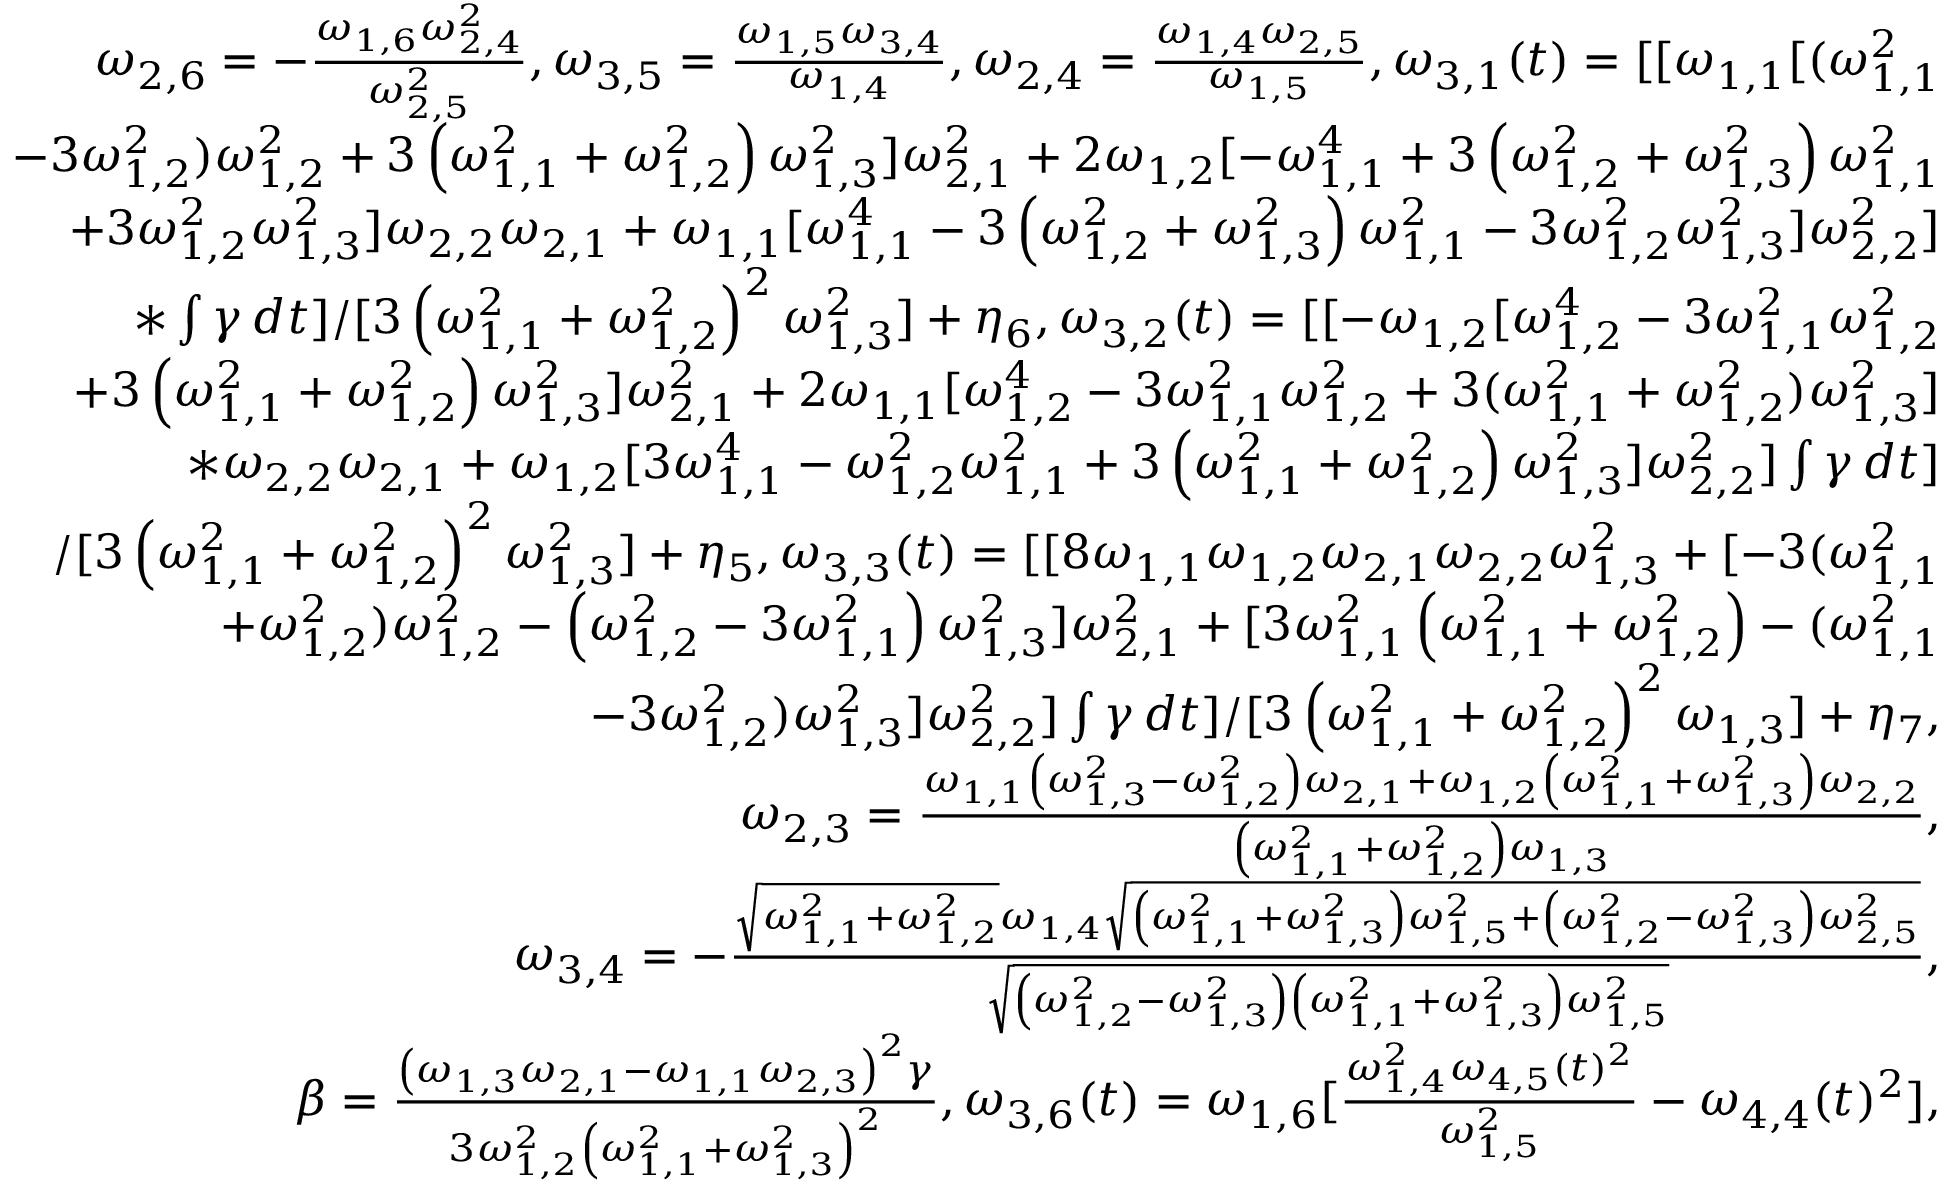
\begin{array} { r l r } & { } & { \omega _ { 2 , 6 } = - \frac { \omega _ { 1 , 6 } \omega _ { 2 , 4 } ^ { 2 } } { \omega _ { 2 , 5 } ^ { 2 } } , \omega _ { 3 , 5 } = \frac { \omega _ { 1 , 5 } \omega _ { 3 , 4 } } { \omega _ { 1 , 4 } } , \omega _ { 2 , 4 } = \frac { \omega _ { 1 , 4 } \omega _ { 2 , 5 } } { \omega _ { 1 , 5 } } , \omega _ { 3 , 1 } ( t ) = [ [ \omega _ { 1 , 1 } [ ( \omega _ { 1 , 1 } ^ { 2 } } \\ & { } & { - 3 \omega _ { 1 , 2 } ^ { 2 } ) \omega _ { 1 , 2 } ^ { 2 } + 3 \left( \omega _ { 1 , 1 } ^ { 2 } + \omega _ { 1 , 2 } ^ { 2 } \right) \omega _ { 1 , 3 } ^ { 2 } ] \omega _ { 2 , 1 } ^ { 2 } + 2 \omega _ { 1 , 2 } [ - \omega _ { 1 , 1 } ^ { 4 } + 3 \left( \omega _ { 1 , 2 } ^ { 2 } + \omega _ { 1 , 3 } ^ { 2 } \right) \omega _ { 1 , 1 } ^ { 2 } } \\ & { } & { + 3 \omega _ { 1 , 2 } ^ { 2 } \omega _ { 1 , 3 } ^ { 2 } ] \omega _ { 2 , 2 } \omega _ { 2 , 1 } + \omega _ { 1 , 1 } [ \omega _ { 1 , 1 } ^ { 4 } - 3 \left( \omega _ { 1 , 2 } ^ { 2 } + \omega _ { 1 , 3 } ^ { 2 } \right) \omega _ { 1 , 1 } ^ { 2 } - 3 \omega _ { 1 , 2 } ^ { 2 } \omega _ { 1 , 3 } ^ { 2 } ] \omega _ { 2 , 2 } ^ { 2 } ] } \\ & { } & { * \int \gamma \, d t ] / [ 3 \left( \omega _ { 1 , 1 } ^ { 2 } + \omega _ { 1 , 2 } ^ { 2 } \right) ^ { 2 } \omega _ { 1 , 3 } ^ { 2 } ] + \eta _ { 6 } , \omega _ { 3 , 2 } ( t ) = [ [ - \omega _ { 1 , 2 } [ \omega _ { 1 , 2 } ^ { 4 } - 3 \omega _ { 1 , 1 } ^ { 2 } \omega _ { 1 , 2 } ^ { 2 } } \\ & { } & { + 3 \left( \omega _ { 1 , 1 } ^ { 2 } + \omega _ { 1 , 2 } ^ { 2 } \right) \omega _ { 1 , 3 } ^ { 2 } ] \omega _ { 2 , 1 } ^ { 2 } + 2 \omega _ { 1 , 1 } [ \omega _ { 1 , 2 } ^ { 4 } - 3 \omega _ { 1 , 1 } ^ { 2 } \omega _ { 1 , 2 } ^ { 2 } + 3 ( \omega _ { 1 , 1 } ^ { 2 } + \omega _ { 1 , 2 } ^ { 2 } ) \omega _ { 1 , 3 } ^ { 2 } ] } \\ & { } & { * \omega _ { 2 , 2 } \omega _ { 2 , 1 } + \omega _ { 1 , 2 } [ 3 \omega _ { 1 , 1 } ^ { 4 } - \omega _ { 1 , 2 } ^ { 2 } \omega _ { 1 , 1 } ^ { 2 } + 3 \left( \omega _ { 1 , 1 } ^ { 2 } + \omega _ { 1 , 2 } ^ { 2 } \right) \omega _ { 1 , 3 } ^ { 2 } ] \omega _ { 2 , 2 } ^ { 2 } ] \int \gamma \, d t ] } \\ & { } & { / [ 3 \left( \omega _ { 1 , 1 } ^ { 2 } + \omega _ { 1 , 2 } ^ { 2 } \right) ^ { 2 } \omega _ { 1 , 3 } ^ { 2 } ] + \eta _ { 5 } , \omega _ { 3 , 3 } ( t ) = [ [ 8 \omega _ { 1 , 1 } \omega _ { 1 , 2 } \omega _ { 2 , 1 } \omega _ { 2 , 2 } \omega _ { 1 , 3 } ^ { 2 } + [ - 3 ( \omega _ { 1 , 1 } ^ { 2 } } \\ & { } & { + \omega _ { 1 , 2 } ^ { 2 } ) \omega _ { 1 , 2 } ^ { 2 } - \left( \omega _ { 1 , 2 } ^ { 2 } - 3 \omega _ { 1 , 1 } ^ { 2 } \right) \omega _ { 1 , 3 } ^ { 2 } ] \omega _ { 2 , 1 } ^ { 2 } + [ 3 \omega _ { 1 , 1 } ^ { 2 } \left( \omega _ { 1 , 1 } ^ { 2 } + \omega _ { 1 , 2 } ^ { 2 } \right) - ( \omega _ { 1 , 1 } ^ { 2 } } \\ & { } & { - 3 \omega _ { 1 , 2 } ^ { 2 } ) \omega _ { 1 , 3 } ^ { 2 } ] \omega _ { 2 , 2 } ^ { 2 } ] \int \gamma \, d t ] / [ 3 \left( \omega _ { 1 , 1 } ^ { 2 } + \omega _ { 1 , 2 } ^ { 2 } \right) ^ { 2 } \omega _ { 1 , 3 } ] + \eta _ { 7 } , } \\ & { } & { \omega _ { 2 , 3 } = \frac { \omega _ { 1 , 1 } \left( \omega _ { 1 , 3 } ^ { 2 } - \omega _ { 1 , 2 } ^ { 2 } \right) \omega _ { 2 , 1 } + \omega _ { 1 , 2 } \left( \omega _ { 1 , 1 } ^ { 2 } + \omega _ { 1 , 3 } ^ { 2 } \right) \omega _ { 2 , 2 } } { \left( \omega _ { 1 , 1 } ^ { 2 } + \omega _ { 1 , 2 } ^ { 2 } \right) \omega _ { 1 , 3 } } , } \\ & { } & { \omega _ { 3 , 4 } = - \frac { \sqrt { \omega _ { 1 , 1 } ^ { 2 } + \omega _ { 1 , 2 } ^ { 2 } } \omega _ { 1 , 4 } \sqrt { \left( \omega _ { 1 , 1 } ^ { 2 } + \omega _ { 1 , 3 } ^ { 2 } \right) \omega _ { 1 , 5 } ^ { 2 } + \left( \omega _ { 1 , 2 } ^ { 2 } - \omega _ { 1 , 3 } ^ { 2 } \right) \omega _ { 2 , 5 } ^ { 2 } } } { \sqrt { \left( \omega _ { 1 , 2 } ^ { 2 } - \omega _ { 1 , 3 } ^ { 2 } \right) \left( \omega _ { 1 , 1 } ^ { 2 } + \omega _ { 1 , 3 } ^ { 2 } \right) \omega _ { 1 , 5 } ^ { 2 } } } , } \\ & { } & { \beta = \frac { \left( \omega _ { 1 , 3 } \omega _ { 2 , 1 } - \omega _ { 1 , 1 } \omega _ { 2 , 3 } \right) ^ { 2 } \gamma } { 3 \omega _ { 1 , 2 } ^ { 2 } \left( \omega _ { 1 , 1 } ^ { 2 } + \omega _ { 1 , 3 } ^ { 2 } \right) ^ { 2 } } , \omega _ { 3 , 6 } ( t ) = \omega _ { 1 , 6 } [ \frac { \omega _ { 1 , 4 } ^ { 2 } \omega _ { 4 , 5 } ( t ) ^ { 2 } } { \omega _ { 1 , 5 } ^ { 2 } } - \omega _ { 4 , 4 } ( t ) ^ { 2 } ] , } \end{array}